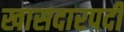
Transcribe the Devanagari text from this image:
खासदारपदी